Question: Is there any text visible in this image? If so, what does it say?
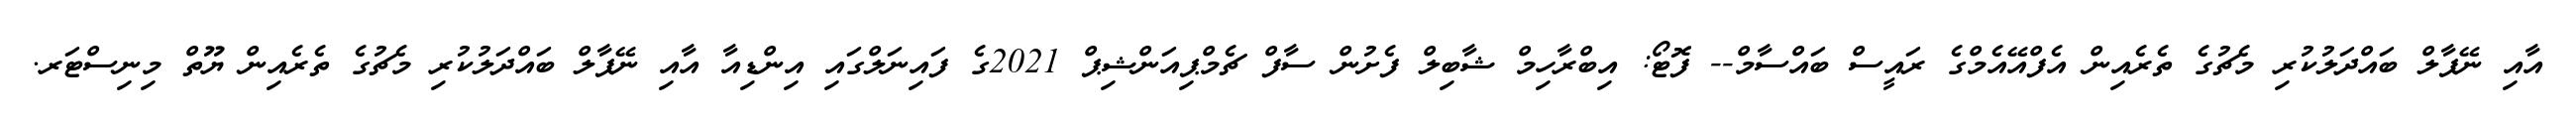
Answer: އާއި ނޭޕާލް ބައްދަލުކުރި މެޗުގެ ތެރެއިން އެފްއޭއެމްގެ ރައީސް ބައްސާމް-- ފޮޓޯ: އިބްރާހިމް ޝާބިލް ފެށުން ސާފް ޗެމްޕިއަންޝިޕް 2021ގެ ފައިނަލްގައި އިންޑިއާ އާއި ނޭޕާލް ބައްދަލުކުރި މެޗުގެ ތެރެއިން ޔޫތް މިނިސްޓަރ.